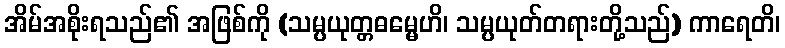
အိမ်အစိုးရသည်၏ အဖြစ်ကို (သမ္ပယုတ္တဓမ္မေဟိ၊ သမ္ပယုတ်တရားတို့သည်) ကာရေတိ၊